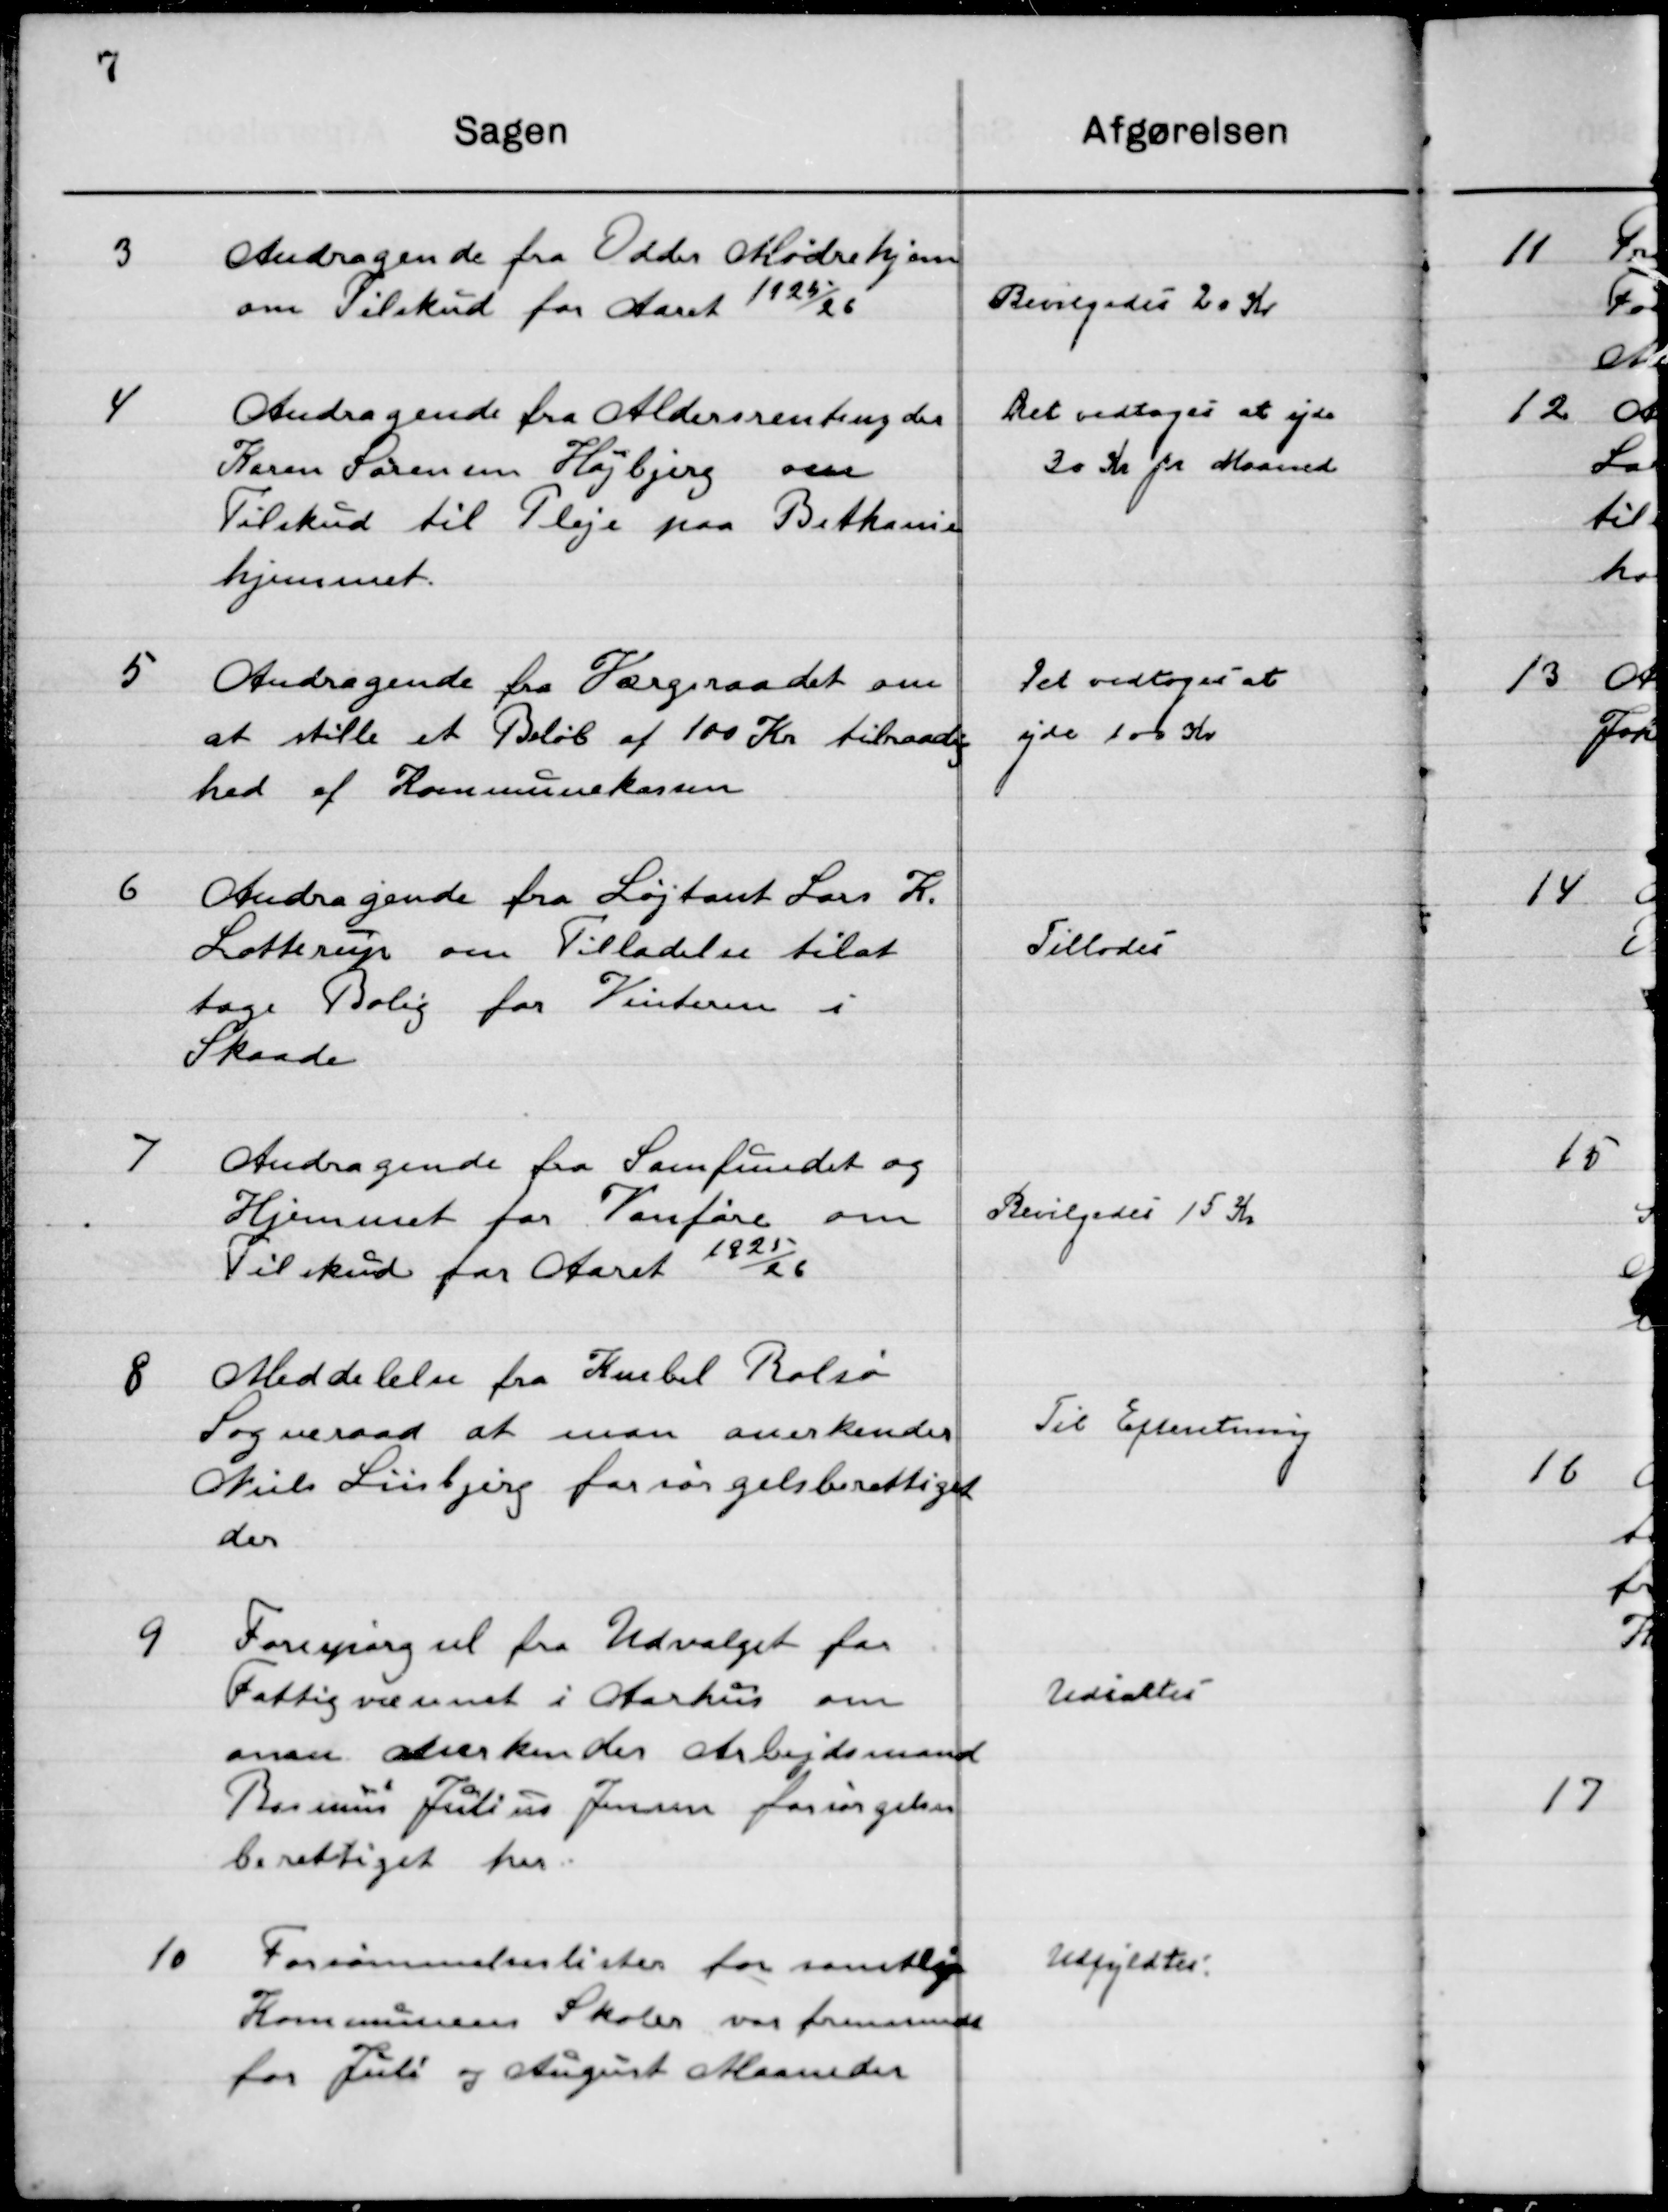
Transskription:
3

Andragende fra Odder Mødrehjeom 
Tilskud for Aaret 1925/26.

Bevilgedes 20 Kr.

4

Andragende fra Aldersrenteyder 
Karen Sørensen Højbjerg om
Tilskud til Pleje paa Bethanie-
hjemmet.

Det vedtoges at yde 
30 Kr. pr. Maaned

5

Andragende fra Værgeraadet om 
At stille et Beløb af 100 Kr. tilraadig-
hed af Kommunekassen.

Det vedtoges at
yde 100 Kr.

6

Andragende fra Løjtant Lars K.
Lotterup om Tilladelse til at
tage Bolig for Vinteren i  	
Skaade.

Tillodes

7

Andragende fra Samfundet og
Hjemmet for vanføre om
Tilskud for Aaret 1925/26

Bevilgedes 15 Kr.

8

Meddelelse fra Knebel Rolsø
Sogneraad at man Anerkender
Niels Lisbjerg forsørgelsesberettiget 
der.

Til Efterretning

9

Forespørgsel fra Udvalget for
Fattigvæsenet i Aarhus om
man Anerkender Arbejdsmand
Rasmus Julius Jensen forsørgelses-
berettiget her.

Udsættes

10

Forsømmelseslisterne for samtlige
Kommunens Skoler var fremsendt
for Juli og August Maaned

Udfyldes